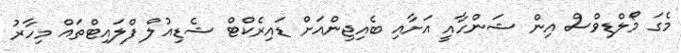
މެގަ މޯލްޑިވްސް އިން ޝަންހާއީ އަށާއި ބެއިޖިންއަށް ޑައިރެކްޓް ޝެޑިއުލް ފްލައިޓްތައް މިހާރު